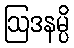
ဩဒနမ္ပိ